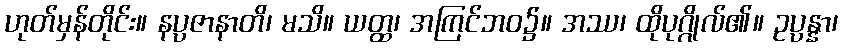
ဟုတ်မှန်တိုင်း။ နပ္ပဇာနာတိ၊ မသိ။ ယတ္ထ၊ အကြင်ဘဝ၌။ အဿ၊ ထိုပုဂ္ဂိုလ်၏။ ဥပ္ပန္နာ၊